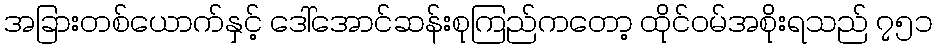
အခြားတစ်ယောက်နှင့် ဒေါ်အောင်ဆန်းစုကြည်ကတော့ ထိုင်ဝမ်အစိုးရသည် ၇၅၁